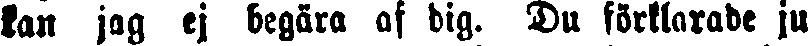
kan jag ej begära af dig. Du förklarade ju